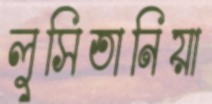
লুসিতানিয়া